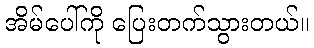
အိမ်ပေါ်ကို ပြေးတက်သွားတယ်။